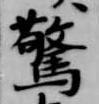
驚